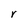
Character: r